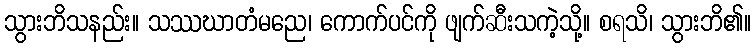
သွားဘိသနည်း။ သဿဃာတံမညေ၊ ကောက်ပင်ကို ဖျက်ဆီးသကဲ့သို့။ စရသိ၊ သွားဘိ၏။